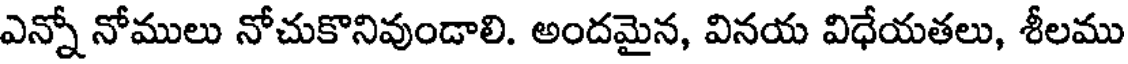
ఎన్నో నోములు నోచుకొనివుండాలి. అందమైన, వినయ విధేయతలు, శీలము